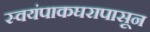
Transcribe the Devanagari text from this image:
स्वयंपाकघरापासून